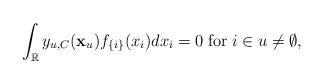
LaTeX: \begin{align*}\int_{\mathbb{R}}y_{u,C}(\mathbf{x}_{u})f_{\{i\}}(x_{i})dx_{i}=0\;\mathrm{for}\; i\in u\neq\emptyset,\end{align*}